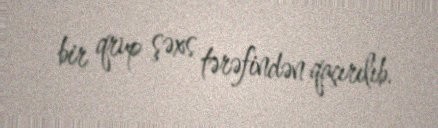
bir qrup şəxs tərəfindən qaçırılıb.